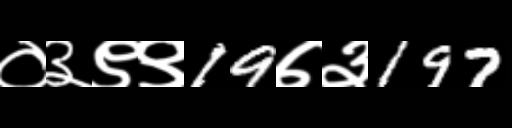
Text: ०३९९19७३197